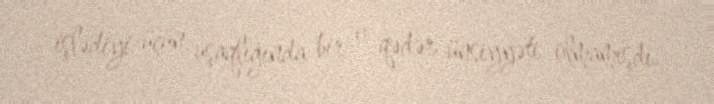
işlədiyi üçün, uşaqlığında bir o qədər ünsiyyəti olmamışdı.